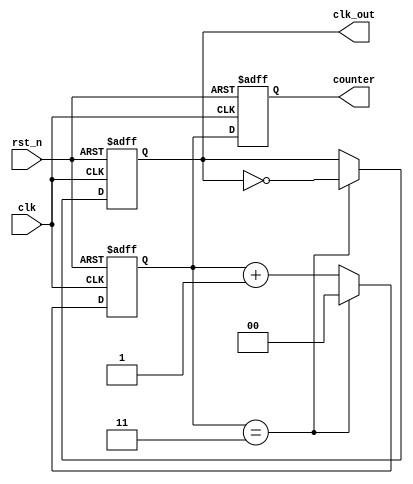
module FrequencyDivider #(
    parameter N = 4  // Division factor
)(
    input wire clk,         // Clock input
    input wire rst_n,      // Active-low reset input
    output reg clk_out,     // Divided clock output
    output reg [$clog2(N)-1:0] counter // Counter value output
);

    // Internal counter
    reg [$clog2(N)-1:0] count;

    // Synchronous logic
    always @(posedge clk or negedge rst_n) begin
        if (!rst_n) begin
            // Asynchronous reset
            count <= 0;
            clk_out <= 0;
        end else begin
            // Increment the counter
            if (count == N-1) begin
                count <= 0;          // Reset counter
                clk_out <= ~clk_out; // Toggle output clock
            end else begin
                count <= count + 1;  // Increment counter
            end
        end
    end

    // Assign the counter value to the output
    always @(posedge clk or negedge rst_n) begin
        if (!rst_n) begin
            counter <= 0; // Reset counter value
        end else begin
            counter <= count; // Update counter value
        end
    end

endmodule